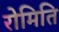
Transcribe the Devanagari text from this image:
रोमिति